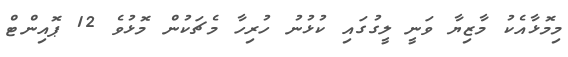
މިމޮޅާއެކު މާޒިޔާ ވަނީ ލީގުގައި ކުޅުނު ހުރިހާ މެޗަކުން މޮޅުވެ 12 ޕޮއިންޓް